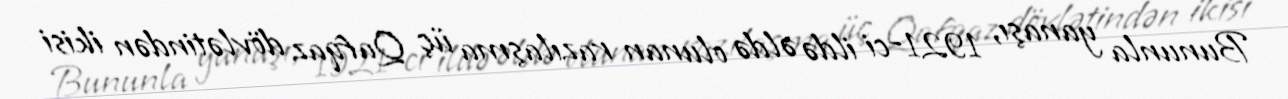
Bununla yanaşı, 1921-ci ildə əldə olunan razılaşma üç Qafqaz dövlətindən ikisi